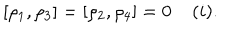
[ \rho _ { 1 } , \rho _ { 3 } ] = [ \rho _ { 2 } , \rho _ { 4 } ] = 0 \; ( i ) .